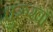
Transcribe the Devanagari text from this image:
पुरुखा